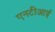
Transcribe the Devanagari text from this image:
एनटीआई